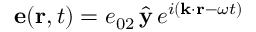
{ \bf e } ( { \bf r } , t ) = e _ { 0 2 } \, \hat { { \bf y } } \, e ^ { i ( { \bf k } \cdot { \bf r } - \omega t ) }